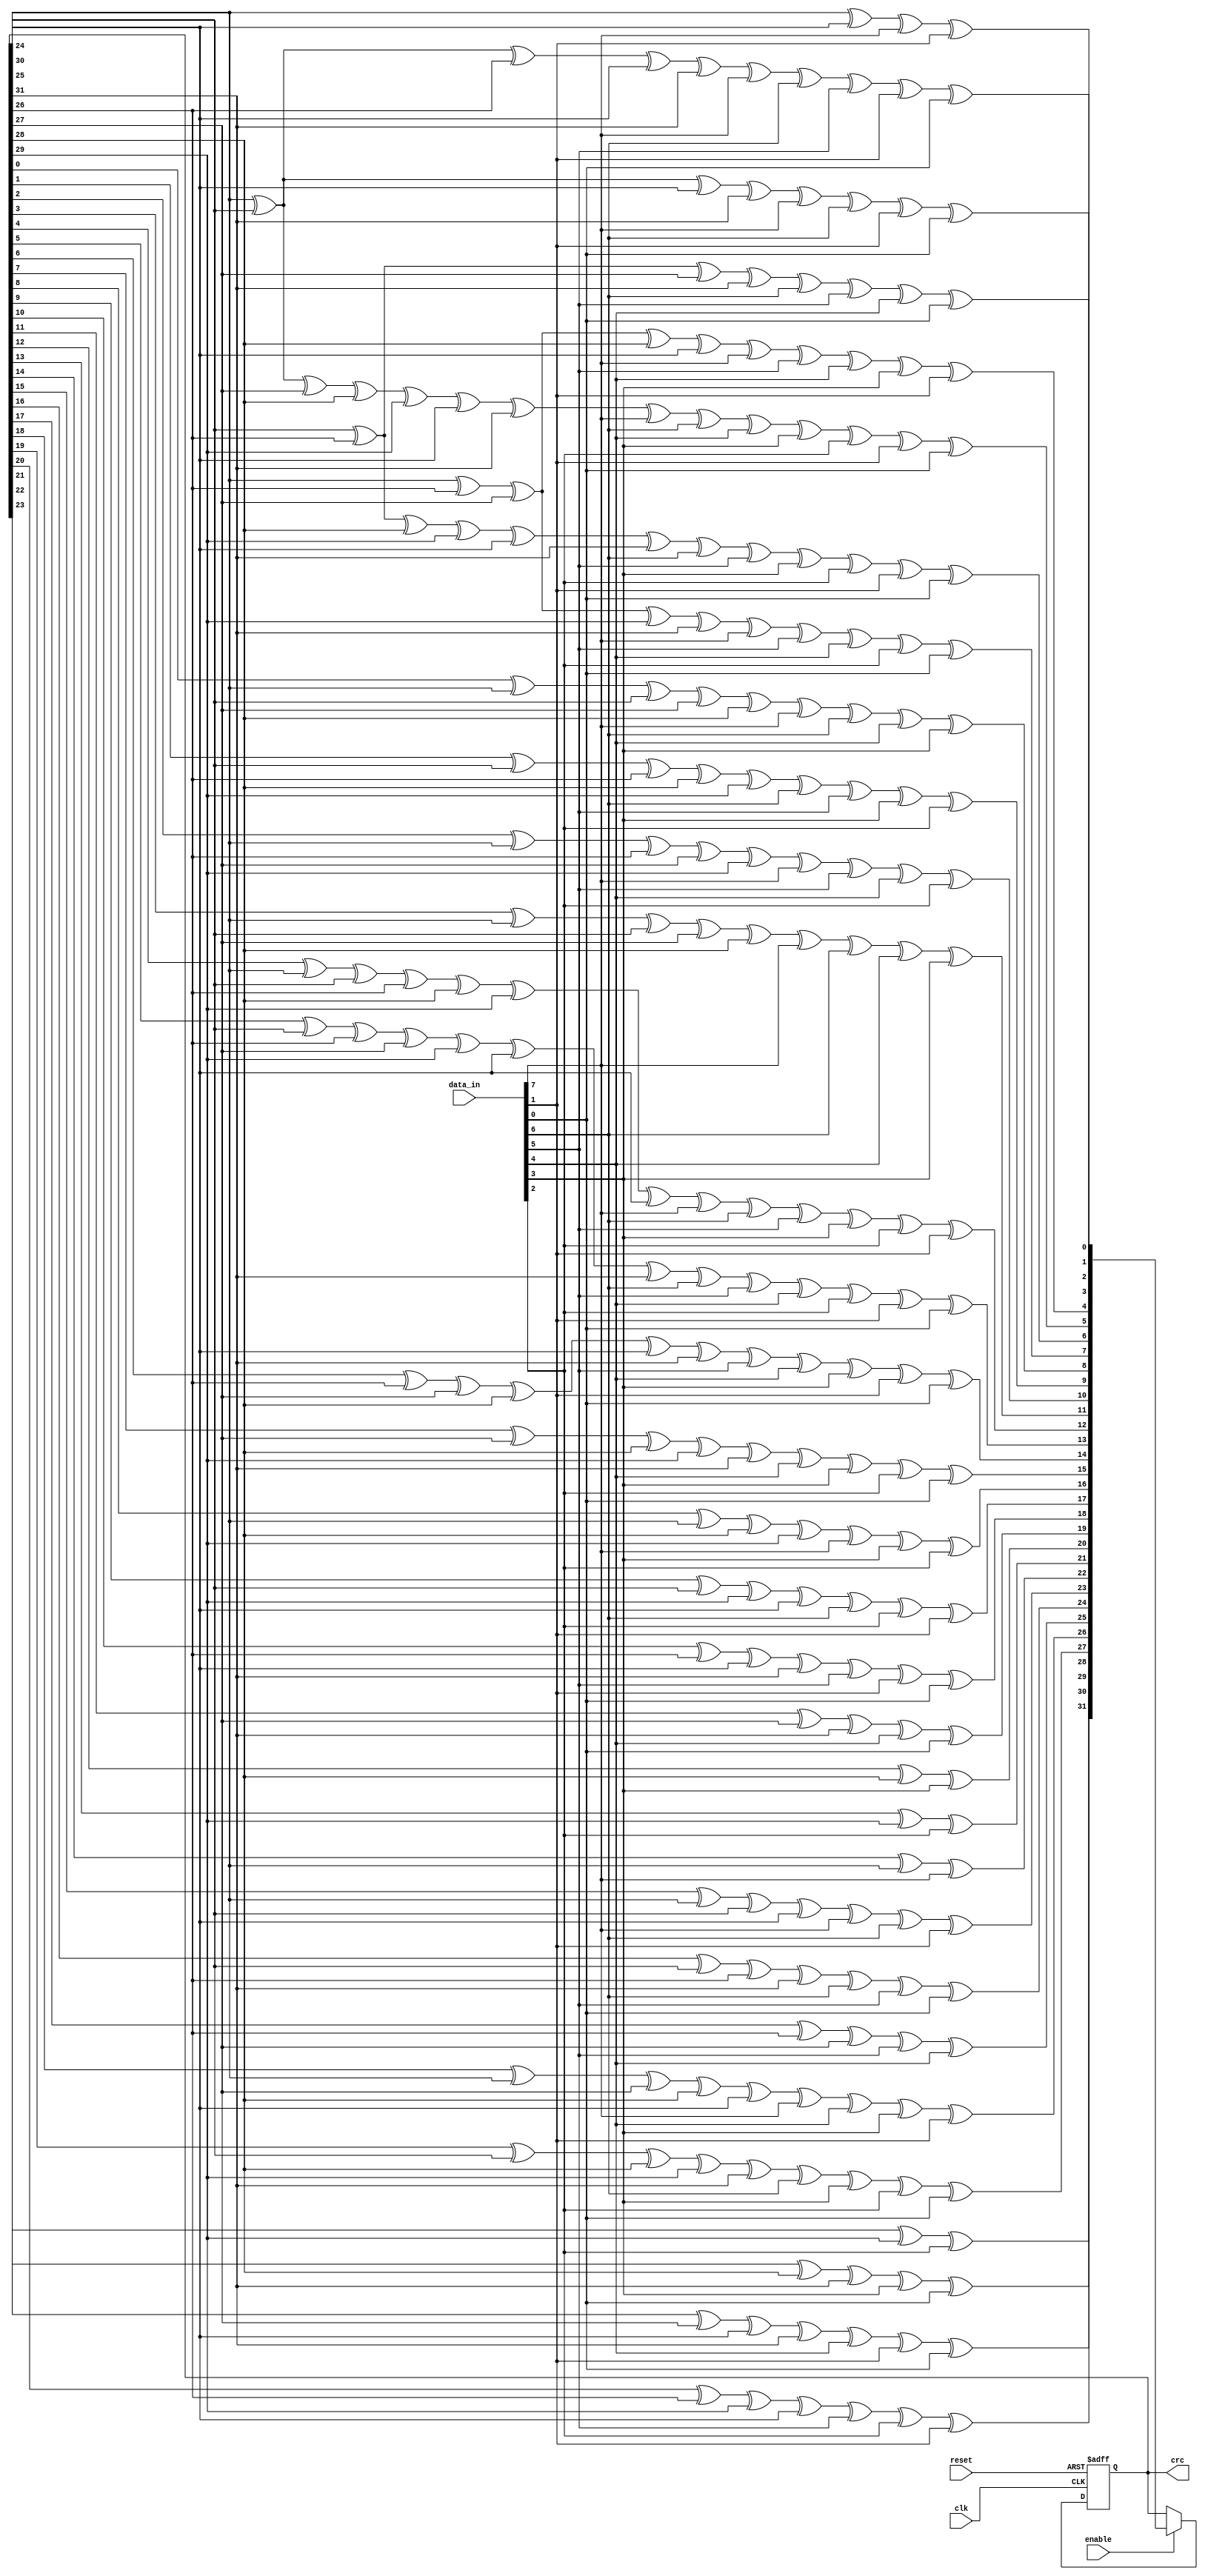
//=================================================================================
//   Ethernet   - RTL8211EG
//---------------------------------------------------------------------------------
//  CRC
//=================================================================================
module crc(
	input					clk,
	input					reset,
	input [7:0]			data_in,
	input 				enable,
	output reg [31:0]	crc
);
//parameter Tp = 1;

wire [31:0] CrcNext;
wire [7:0] data;

//assign data = enable? {data_in[0],data_in[1],data_in[2],data_in[3],data_in[4],data_in[5],data_in[6],data_in[7]} : {8{1'b0}};
assign data = {data_in[0],data_in[1],data_in[2],data_in[3],data_in[4],data_in[5],data_in[6],data_in[7]};

assign CrcNext[0] = crc[24] ^ crc[30] ^ data[0] ^ data[6];
assign CrcNext[1] = crc[24] ^ crc[25] ^ crc[30] ^ crc[31] ^ data[0] ^ data[1] ^ data[6] ^ data[7];
assign CrcNext[2] = crc[24] ^ crc[25] ^ crc[26] ^ crc[30] ^ crc[31] ^ data[0] ^ data[1] ^ data[2] ^ data[6] ^ data[7];
assign CrcNext[3] = crc[25] ^ crc[26] ^ crc[27] ^ crc[31] ^ data[1] ^ data[2] ^ data[3] ^ data[7];
assign CrcNext[4] = crc[24] ^ crc[26] ^ crc[27] ^ crc[28] ^ crc[30] ^ data[0] ^ data[2] ^ data[3] ^ data[4] ^ data[6];
assign CrcNext[5] = crc[24] ^ crc[25] ^ crc[27] ^ crc[28] ^ crc[29] ^ crc[30] ^ crc[31] ^ data[0] ^ data[1] ^ data[3] ^ data[4] ^ data[5] ^ data[6] ^ data[7];
assign CrcNext[6] = crc[25] ^ crc[26] ^ crc[28] ^ crc[29] ^ crc[30] ^ crc[31] ^ data[1] ^ data[2] ^ data[4] ^ data[5] ^ data[6] ^ data[7];
assign CrcNext[7] = crc[24] ^ crc[26] ^ crc[27] ^ crc[29] ^ crc[31] ^ data[0] ^ data[2] ^ data[3] ^ data[5] ^ data[7];
assign CrcNext[8] = crc[0] ^ crc[24] ^ crc[25] ^ crc[27] ^ crc[28] ^ data[0] ^ data[1] ^ data[3] ^ data[4];
assign CrcNext[9] = crc[1] ^ crc[25] ^ crc[26] ^ crc[28] ^ crc[29] ^ data[1] ^ data[2] ^ data[4] ^ data[5];
assign CrcNext[10] = crc[2] ^ crc[24] ^ crc[26] ^ crc[27] ^ crc[29] ^ data[0] ^ data[2] ^ data[3] ^ data[5];
assign CrcNext[11] = crc[3] ^ crc[24] ^ crc[25] ^ crc[27] ^ crc[28] ^ data[0] ^ data[1] ^ data[3] ^ data[4];
assign CrcNext[12] = crc[4] ^ crc[24] ^ crc[25] ^ crc[26] ^ crc[28] ^ crc[29] ^ crc[30] ^ data[0] ^ data[1] ^ data[2] ^ data[4] ^ data[5] ^ data[6];
assign CrcNext[13] = crc[5] ^ crc[25] ^ crc[26] ^ crc[27] ^ crc[29] ^ crc[30] ^ crc[31] ^ data[1] ^ data[2] ^ data[3] ^ data[5] ^ data[6] ^ data[7];
assign CrcNext[14] = crc[6] ^ crc[26] ^ crc[27] ^ crc[28] ^ crc[30] ^ crc[31] ^ data[2] ^ data[3] ^ data[4] ^ data[6] ^ data[7];
assign CrcNext[15] =  crc[7] ^ crc[27] ^ crc[28] ^ crc[29] ^ crc[31] ^ data[3] ^ data[4] ^ data[5] ^ data[7];
assign CrcNext[16] = crc[8] ^ crc[24] ^ crc[28] ^ crc[29] ^ data[0] ^ data[4] ^ data[5];
assign CrcNext[17] = crc[9] ^ crc[25] ^ crc[29] ^ crc[30] ^ data[1] ^ data[5] ^ data[6];
assign CrcNext[18] = crc[10] ^ crc[26] ^ crc[30] ^ crc[31] ^ data[2] ^ data[6] ^ data[7];
assign CrcNext[19] = crc[11] ^ crc[27] ^ crc[31] ^ data[3] ^ data[7];
assign CrcNext[20] = crc[12] ^ crc[28] ^ data[4];
assign CrcNext[21] = crc[13] ^ crc[29] ^ data[5];
assign CrcNext[22] = crc[14] ^ crc[24] ^ data[0];
assign CrcNext[23] = crc[15] ^ crc[24] ^ crc[25] ^ crc[30] ^ data[0] ^ data[1] ^ data[6];
assign CrcNext[24] = crc[16] ^ crc[25] ^ crc[26] ^ crc[31] ^ data[1] ^ data[2] ^ data[7];
assign CrcNext[25] = crc[17] ^ crc[26] ^ crc[27] ^ data[2] ^ data[3];
assign CrcNext[26] = crc[18] ^ crc[24] ^ crc[27] ^ crc[28] ^ crc[30] ^ data[0] ^ data[3] ^ data[4] ^ data[6];
assign CrcNext[27] = crc[19] ^ crc[25] ^ crc[28] ^ crc[29] ^ crc[31] ^ data[1] ^ data[4] ^ data[5] ^ data[7];
assign CrcNext[28] = crc[20] ^ crc[26] ^ crc[29] ^ crc[30] ^ data[2] ^ data[5] ^ data[6];
assign CrcNext[29] = crc[21] ^ crc[27] ^ crc[30] ^ crc[31] ^ data[3] ^ data[6] ^ data[7];
assign CrcNext[30] = crc[22] ^ crc[28] ^ crc[31] ^ data[4] ^ data[7];
assign CrcNext[31] = crc[23] ^ crc[29] ^ data[5];

always @ (posedge clk, posedge reset) begin
	if (reset)
		crc <={32{1'b1}};
	else
		crc <= enable ? CrcNext : crc;
end

endmodule